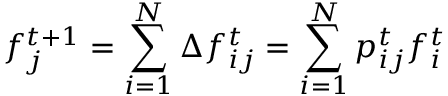
f _ { j } ^ { t + 1 } = \sum _ { i = 1 } ^ { N } \Delta f _ { i j } ^ { t } = \sum _ { i = 1 } ^ { N } p _ { i j } ^ { t } f _ { i } ^ { t }